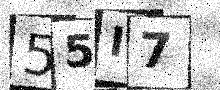
Text: 55I7